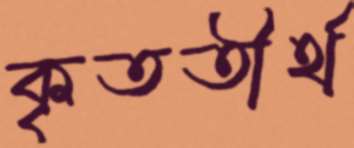
কৃততীর্থ